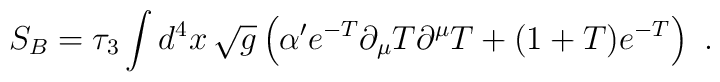
S_B =  \tau_3\int d^4x\, \sqrt{g}\left(\alpha'  e^{-T} \partial_\mu{T}\partial^\mu{T} + (1+T)  e^{-T}\right) \ .